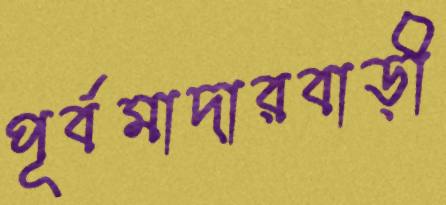
পূর্বমাদারবাড়ী